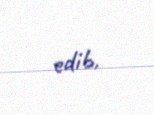
edib.